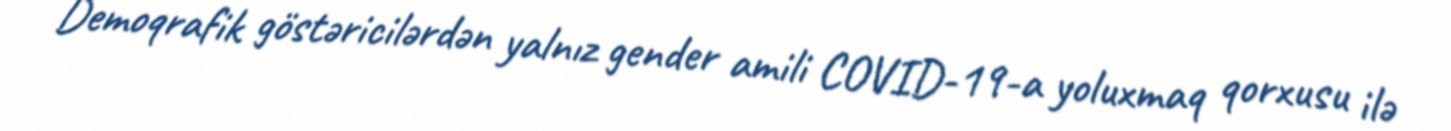
Demoqrafik göstəricilərdən yalnız gender amili COVID-19-a yoluxmaq qorxusu ilə